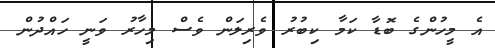
އެ މީހުންގެ ބޮޑާ ކަމާ ކިބުރު ވެރިލަން ވެސް މިހާރު ވަނީ ހައްދުން